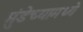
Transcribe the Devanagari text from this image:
मुंडेच्यामध्ये